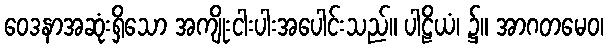
ဝေဒနာအဆုံးရှိသော အကျိုးငါးပါးအပေါင်းသည်။ ပါဠိယံ၊ ၌။ အာဂတမေဝ၊